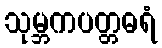
သုမ္ဘကပတ္တဓရံ